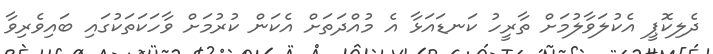
ދެލިކޮޕީ އެކުލަވާލުމަށް ތާރީހު ކަނޑައަޅާ އެ މުއްދަތަށް އެކަން ކުރުމަށް ވާހަކަތަކުގައި ބައިވެރިވާ